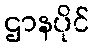
ဌာနပိုင်